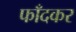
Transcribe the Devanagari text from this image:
फाँदकर